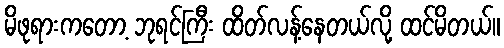
မိဖုရားကတော့ ဘုရင်ကြီး ထိတ်လန့်နေတယ်လို့ ထင်မိတယ်။